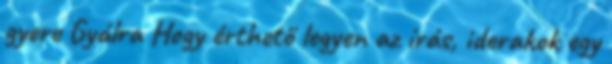
gyere Gyálra Hogy érthető legyen az írás, iderakok egy